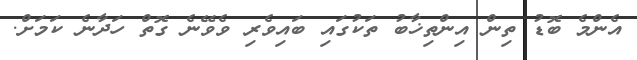
އެންމެ ބޮޑު ތިން އިންތިޚާބު ތަކުގައި ބައިވެރި ވެވޭނެ ގޮތް ހަދާނެ ކަމަށް.